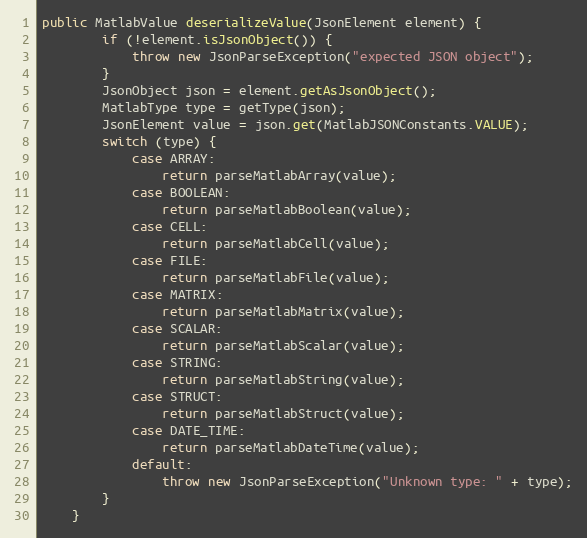
Language: Java
public MatlabValue deserializeValue(JsonElement element) {
        if (!element.isJsonObject()) {
            throw new JsonParseException("expected JSON object");
        }
        JsonObject json = element.getAsJsonObject();
        MatlabType type = getType(json);
        JsonElement value = json.get(MatlabJSONConstants.VALUE);
        switch (type) {
            case ARRAY:
                return parseMatlabArray(value);
            case BOOLEAN:
                return parseMatlabBoolean(value);
            case CELL:
                return parseMatlabCell(value);
            case FILE:
                return parseMatlabFile(value);
            case MATRIX:
                return parseMatlabMatrix(value);
            case SCALAR:
                return parseMatlabScalar(value);
            case STRING:
                return parseMatlabString(value);
            case STRUCT:
                return parseMatlabStruct(value);
            case DATE_TIME:
                return parseMatlabDateTime(value);
            default:
                throw new JsonParseException("Unknown type: " + type);
        }
    }